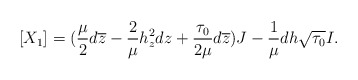
\begin{align*}[X_1]=(\frac{\mu}{2}d\overline{z}-\frac{2}{\mu}h_z^2dz+\frac{\tau_0}{2\mu}d\overline{z})J-\frac{1}{\mu}dh\sqrt{\tau_0}I.\end{align*}